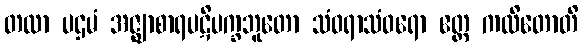
တထာ ပဌမံ အဇ္ဈာစာရပဋိပက္ခဘူတော သံဝရာသံဝရော ဧတ္ထ ကထိတောတိ